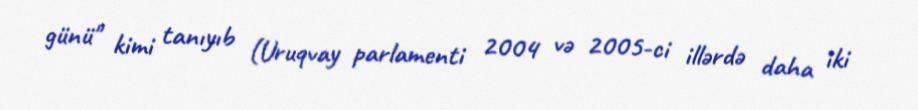
günü" kimi tanıyıb (Uruqvay parlamenti 2004 və 2005-ci illərdə daha iki